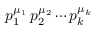
p _ { 1 } ^ { \mu _ { 1 } } \, p _ { 2 } ^ { \mu _ { 2 } } \cdots p _ { k } ^ { \mu _ { k } }